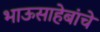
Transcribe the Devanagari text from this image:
भाऊसाहेबांचे